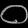
Digit: ၀